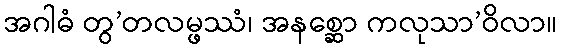
အဂါဓံ တွ’တလမ္ဖဿံ၊ အနစ္ဆော ကလုသာ’ဝိလာ။